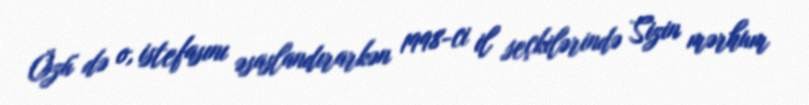
Özü də o, istefasını əsaslandırarkən 1998-ci il seçkilərində Sizin mərhum